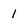
Character: l